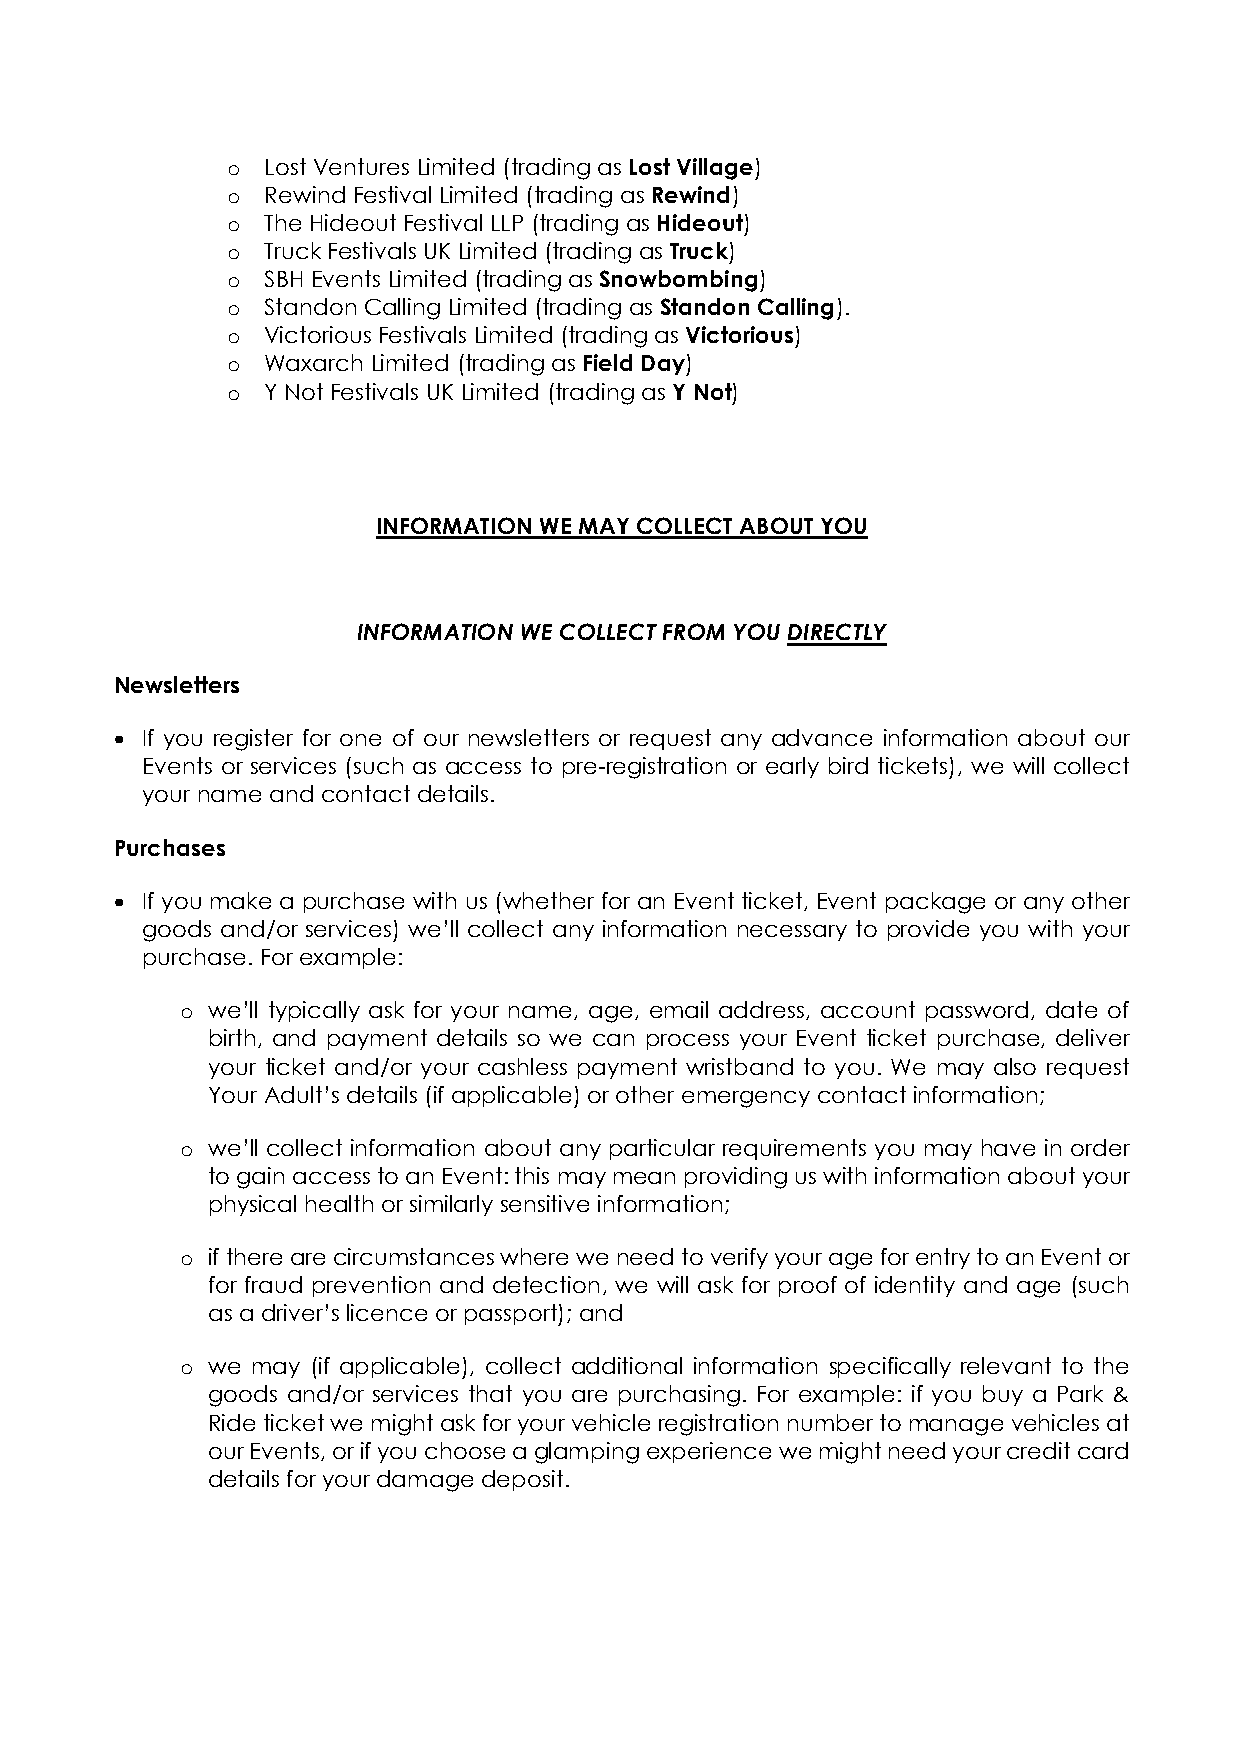
o Lost Ventures Limited (trading as Lost Village)
 o Rewind Festival Limited (trading as Rewind)
 o The Hideout Festival LLP (trading as Hideout)
 o Truck Festivals UK Limited (trading as Truck)
 o SBH Events Limited (trading as Snowbombing)
 o Standon Calling Limited (trading as Standon Calling).
 o Victorious Festivals Limited (trading as Victorious)
 o Waxarch Limited (trading as Field Day)
 o Y Not Festivals UK Limited (trading as Y Not)
 INFORMATION WE MAY COLLECT ABOUT YOU
 INFORMATION WE COLLECT FROM YOU DIRECTLY
 Newsletters
 • If you register for one of our newsletters or request any advance information about our
 Events or services (such as access to pre-registration or early bird tickets), we will collect
 your name and contact details.
 Purchases
 • If you make a purchase with us (whether for an Event ticket, Event package or any other
 goods and/or services) we’ll collect any information necessary to provide you with your
 purchase. For example:
 o we’ll typically ask for your name, age, email address, account password, date of
 birth, and payment details so we can process your Event ticket purchase, deliver
 your ticket and/or your cashless payment wristband to you. We may also request
 Your Adult’s details (if applicable) or other emergency contact information;
 o we’ll collect information about any particular requirements you may have in order
 to gain access to an Event: this may mean providing us with information about your
 physical health or similarly sensitive information;
 o if there are circumstances where we need to verify your age for entry to an Event or
 for fraud prevention and detection, we will ask for proof of identity and age (such
 as a driver’s licence or passport); and
 o we may (if applicable), collect additional information specifically relevant to the
 goods and/or services that you are purchasing. For example: if you buy a Park &
 Ride ticket we might ask for your vehicle registration number to manage vehicles at
 our Events, or if you choose a glamping experience we might need your credit card
 details for your damage deposit.